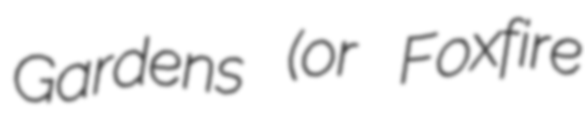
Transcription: Gardens (or Foxfire